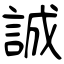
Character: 誠